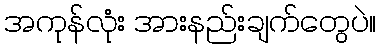
အကုန်လုံး အားနည်းချက်တွေပဲ။